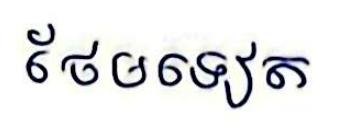
ថែមទៀត